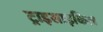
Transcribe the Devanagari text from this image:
ट्राइसाइकिल